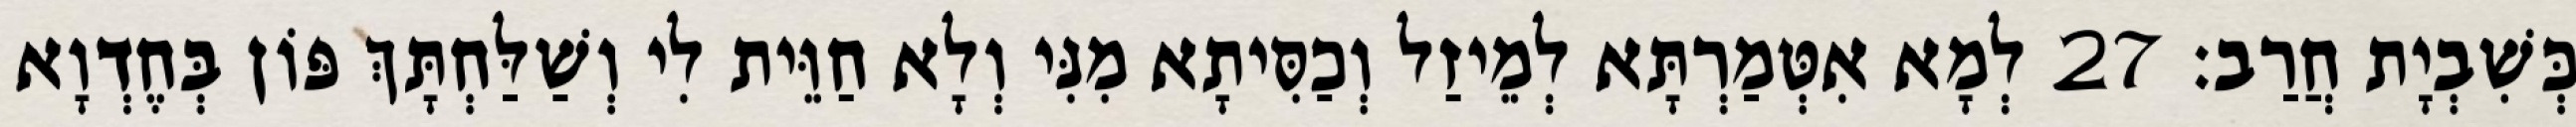
כְּשִׁבְיָת חֲרַב׃ 27 לְמָא אִטְּמַרְתָּא לְמֵיזַל וְכַסִּיתָא מִנִּי וְלָא חַוֵּית לִי וְשַׁלַּחְתָּךְ פּוֹן בְּחֶדְוָא